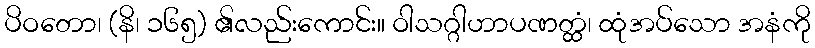
ပိဝတော၊ (နိ၊ ၁၆၅) ၏လည်းကောင်း။ ဝါသဂ္ဂါဟာပဏတ္ထံ၊ ထုံအပ်သော အနံကို